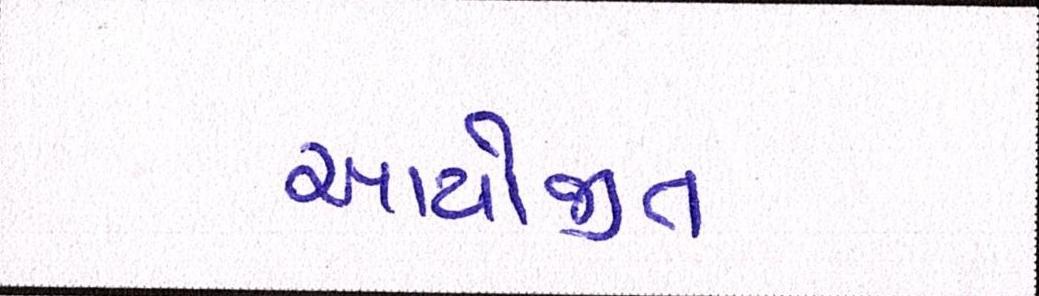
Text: આયોજીત